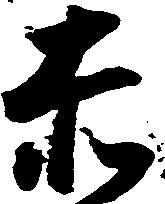
赤